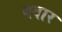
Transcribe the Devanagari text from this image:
बवार